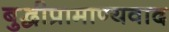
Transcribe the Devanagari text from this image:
बुद्धीप्रामाण्यवाद